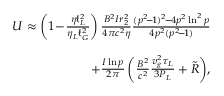
\begin{array} { r l r } & { } & { U \approx \left( 1 \! - \! \frac { \eta \ell _ { L } ^ { 2 } } { \eta _ { L } \ell _ { G } ^ { 2 } } \right) \frac { B ^ { 2 } I r _ { 2 } ^ { 2 } } { 4 \pi c ^ { 2 } \eta } \frac { ( p ^ { 2 } \! - \! 1 ) ^ { 2 } \! - \! 4 p ^ { 2 } \ln ^ { 2 } p } { 4 p ^ { 2 } ( p ^ { 2 } \! - \! 1 ) } } \\ & { } & \\ & { } & { \qquad \qquad \qquad \qquad \qquad \qquad + \frac { I \ln p } { 2 \pi } \left( \frac { B ^ { 2 } } { c ^ { 2 } } \frac { v _ { g } ^ { 2 } \tau _ { L } } { 3 P _ { L } } + \tilde { R } \right) \! , } \end{array}